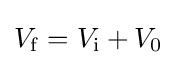
V_{\mathrm {f} }=V_{\mathrm {i} }+V_{\mathrm {0} }